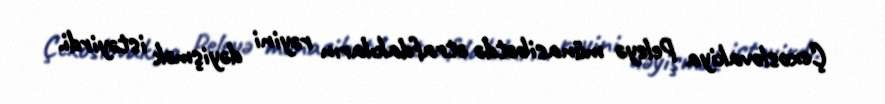
Çexoslovakiya Peleyə münasibətdə ətrafdakıların rəyini dəyişmək istəyirdi.